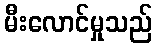
မီးလောင်မှုသည်